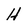
Character: H